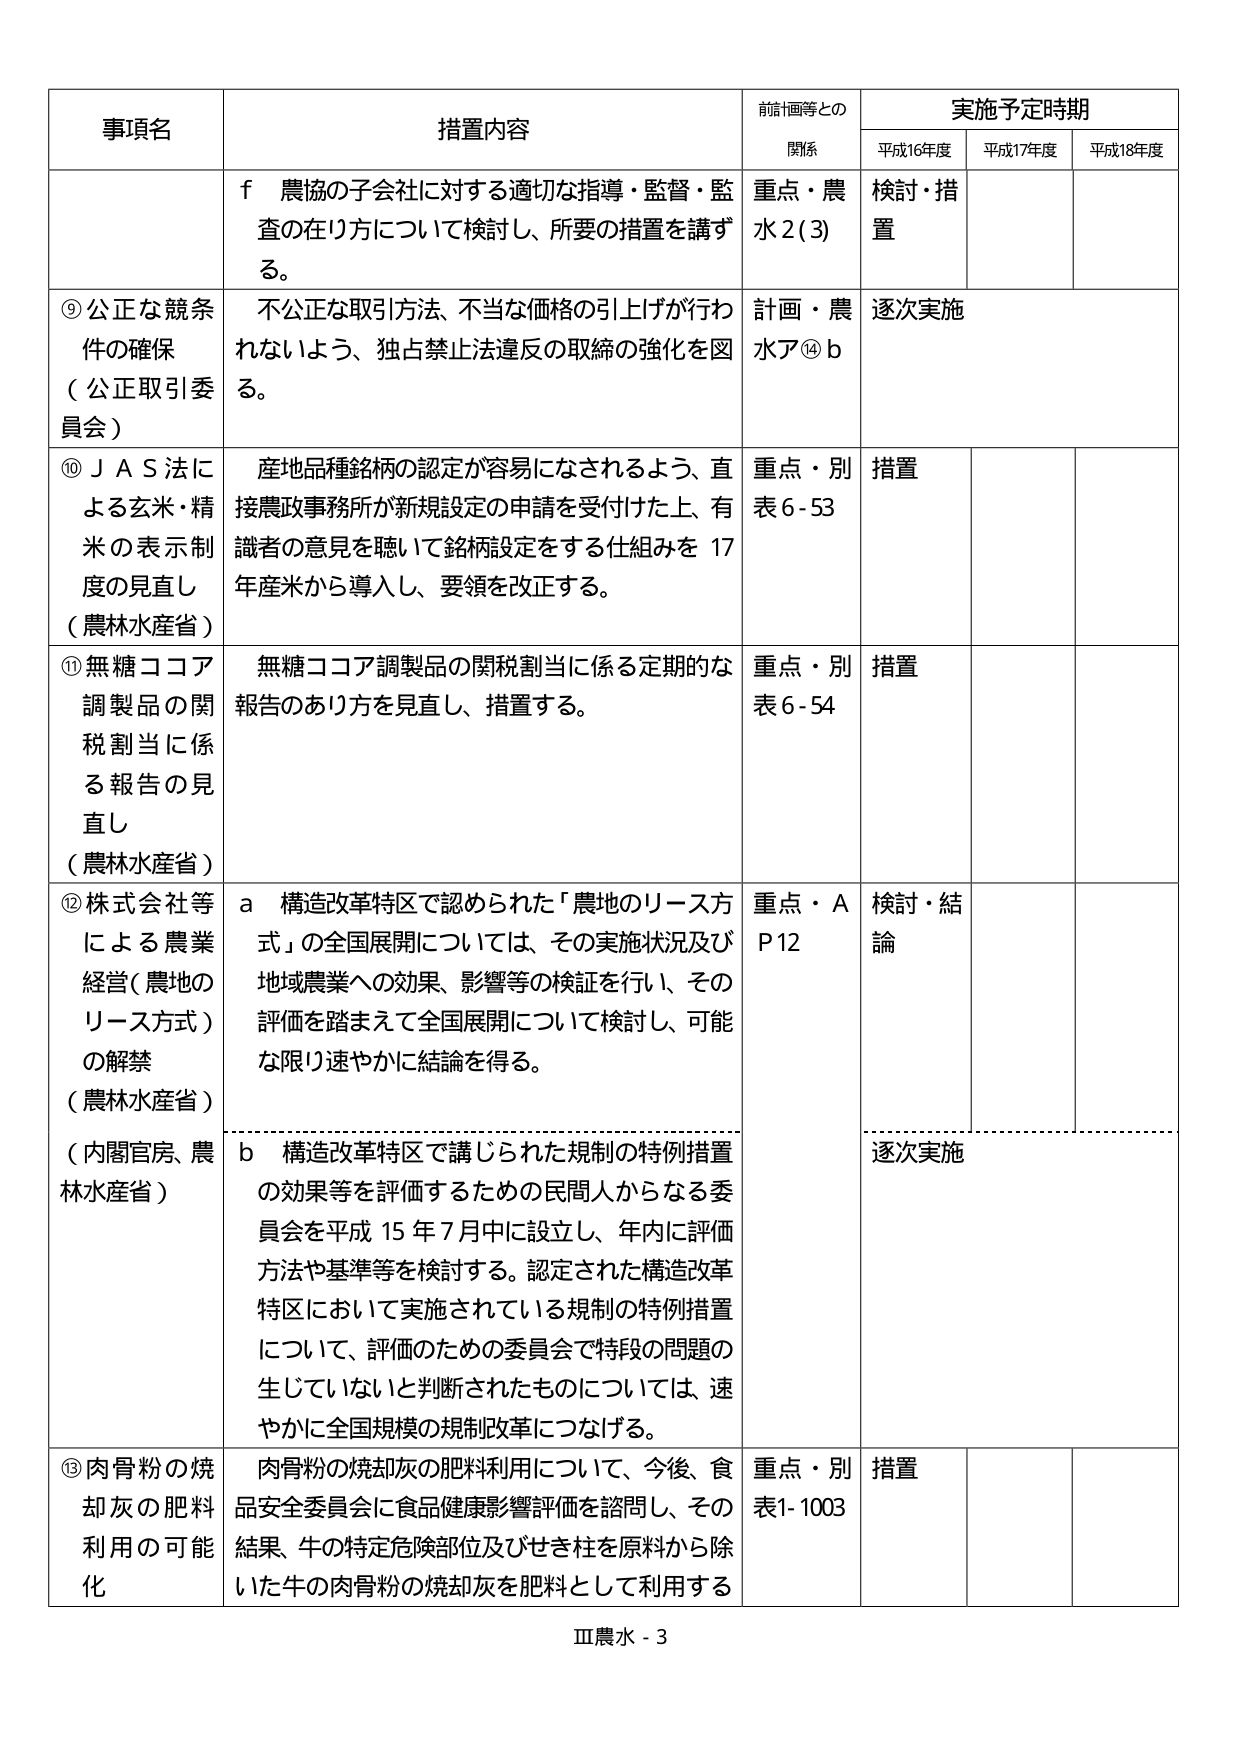
事項名 措置内容 前計画等との 関係 実施予定時期 平成16年度 平成17年度 平成18年度 f 農協の子会社に対する適切な指導・監督・監査の在り方について検討し、所要の措置を講ずる。 重点・農水2(3) 検討・措置 ⑨公正な競条件の確保 （公正取引委員会） 不公正な取引方法、不当な価格の引上げが行われないよう、独占禁止法違反の取締の強化を図る。 計画・農水ア⑭b 逐次実施 ⑩ＪＡＳ法による玄米・精米の表示制度の見直し （農林水産省） 産地品種銘柄の認定が容易になされるよう、直接農政事務所が新規設定の申請を受付けた上、有識者の意見を聴いて銘柄設定をする仕組みを17年産米から導入し、要領を改正する。 重点・別表6-53 措置 ⑪無糖ココア調製品の関税割当に係る報告の見直し （農林水産省） 無糖ココア調製品の関税割当に係る定期的な報告のあり方を見直し、措置する。 重点・別表6-54 措置 ⑫株式会社等による農業経営（農地のリース方式）の解禁 （農林水産省） （内閣官房、農林水産省） a 構造改革特区で認められた「農地のリース方式」の全国展開については、その実施状況及び地域農業への効果、影響等の検証を行い、その評価を踏まえて全国展開について検討し、可能な限り速やかに結論を得る。 重点・ＡＰ12 検討・結論 b 構造改革特区で講じられた規制の特例措置の効果等を評価するための民間人からなる委員会を平成15年7月中に設立し、年内に評価方法や基準等を検討する。認定された構造改革特区において実施されている規制の特例措置について、評価のための委員会で特段の問題の生じていないと判断されたものについては、速やかに全国規模の規制改革につなげる。 逐次実施 ⑬肉骨粉の焼却灰の肥料利用の可能化 肉骨粉の焼却灰の肥料利用について、今後、食品安全委員会に食品健康影響評価を諮問し、その結果、牛の特定危険部位及びせき柱を原料から除いた牛の肉骨粉の焼却灰を肥料として利用する 重点・別表1-1003 措置 Ⅲ農水-3